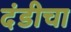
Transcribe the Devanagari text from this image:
दंडीचा